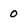
Character: 0